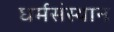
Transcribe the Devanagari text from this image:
धर्मसंस्थान